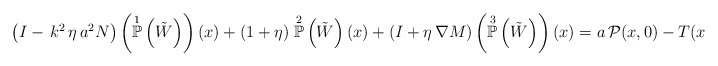
\begin{align*}\left( I - \, k^{2} \, \eta \, a^{2} N \right) \left( \overset{1}{\mathbb{P}}\left(\tilde{W}\right)\right) (x) + (1 + \eta) \; \overset{2}{\mathbb{P}}\left(\tilde{W}\right)(x) + \left( I + \eta \, \nabla M \right) \left( \overset{3}{\mathbb{P}}\left(\tilde{W}\right) \right)(x) = a \, \mathcal{P}(x,0) - T(x),\end{align*}